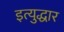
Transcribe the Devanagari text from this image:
इत्युद्धार